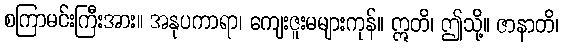
စကြာမင်းကြီးအား။ အနုပကာရာ၊ ကျေးဇူးမများကုန်။ ဣတိ၊ ဤသို့။ ဇာနာတိ၊